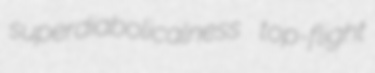
superdiabolicalness top-flight